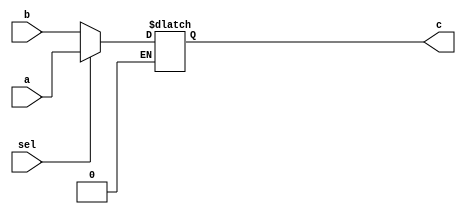

module mux(
input sel,
input [7:0] a ,
input [7:0] b ,
output reg[7:0] c 
);

always@(*)begin
if(sel==1)begin
c <= a ;
end
else if(sel==0) begin
c <= b ;
end
end
endmodule